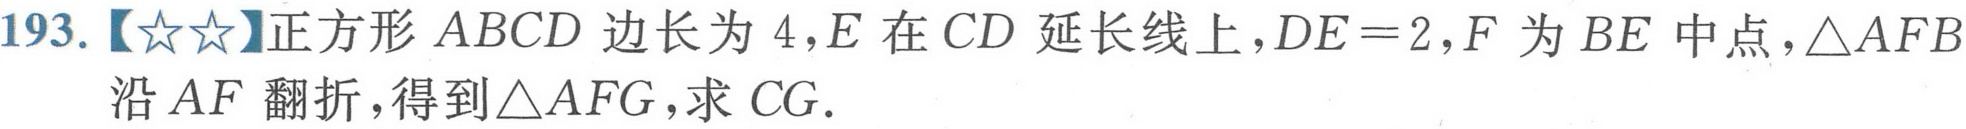
193.【★★】正方形$ABCD$边长为$4$，$E$在$CD$延长线上，$DE = 2$，$F$为$BE$中点，$\triangle AFB$
沿$AF$翻折，得到$\triangle AFG$，求$CG$.